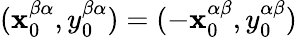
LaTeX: (\mathbf{x}_{0}^{\beta\alpha},y_{0}^{\beta\alpha})=(-\mathbf{x}_{0}^{\alpha\beta},y_{0}^{\alpha\beta})